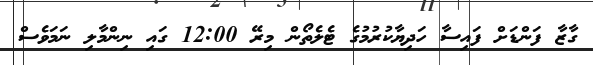
ގާޒާ ފަންޑަށް ފައިސާ ހަދިޔާކުރުމުގެ ޓެލެތޯން މިރޭ 12:00 ގައި ނިންމާލި ނަމަވެސް